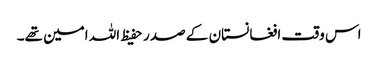
اس وقت افغانستان کے صدر حفیظ اللہ امین تھے۔